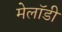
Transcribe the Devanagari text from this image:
मेलॉडी